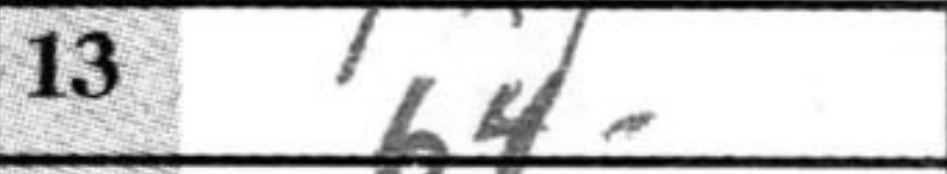
Transcription: b4